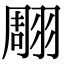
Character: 翢